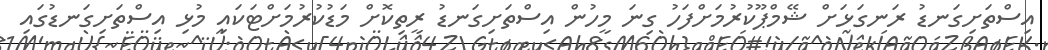
އިސްތަށިގަނޑު ރަނގަޅަށް ޝޭމްޕޫކުރުމަށްފަހު ގިނަ މީހުން އިސްތަށިގަނޑު ރީތިކޮށް މަޑުކުރުމަށްޓަކައި މުޅި އިސްތަށިގަނޑުގައި